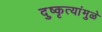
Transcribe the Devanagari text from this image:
दुष्कृत्यांमुळे